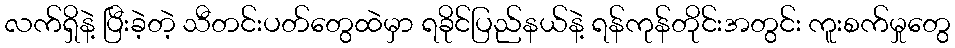
လက်ရှိနဲ့ ပြီးခဲ့တဲ့ သီတင်းပတ်တွေထဲမှာ ရခိုင်ပြည်နယ်နဲ့ ရန်ကုန်တိုင်းအတွင်း ကူးစက်မှုတွေ